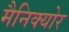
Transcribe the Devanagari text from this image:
मैनिक्योर